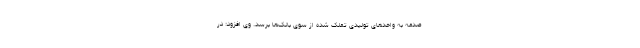
صدمه به واحدهای تولیدی تملک شده از سوی بانک‌ها برسد. وی افزود: در